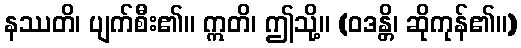
နဿတိ၊ ပျက်စီး၏။ ဣတိ၊ ဤသို့။ (ဝဒန္တိ၊ ဆိုကုန်၏။)